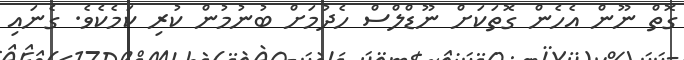
ގޮތް ނޫން އެހެން ގޮތަކަށް ނޫޑްލްސް ހެދުމަށް ބުނުމުން ކުރި ކަމެކެވެ. ގެނައި